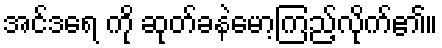
အင်ဒရေ ကို ဆုတ်ခနဲမော့ကြည့်လိုက်၏။